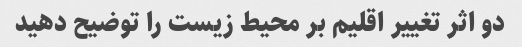
دو اثر تغییر اقلیم بر محیط زیست را توضیح دهید